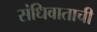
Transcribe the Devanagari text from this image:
संधिवाताची